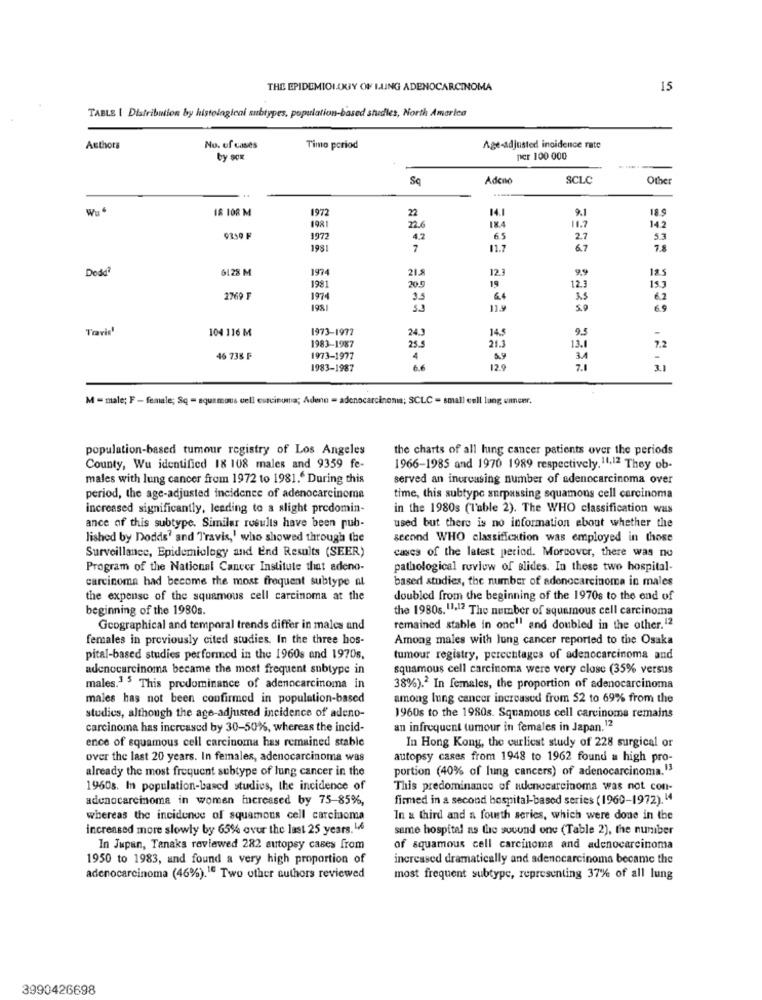
THE EPIDEMIOLOGY OF LUNG ADENOCARCINOMA
15
TABLE [ Distribution by histological subtypes, population-based studies, North America
Authors
No. of cases
Time period
Age-adjusted incidence rate
by scx
per 100 000
Sq
Adcno
SCLC
Other
...
Wu
18 108 M
1972
14.1
189
22
9.1
142
1981
22.6
18.4
11.7
1972
4.2
6.5
2.7
5.3
1981
7
11.7
67
7.8
Dodd
6128 M
1974
21.5
12.3
9.9
185
1981
20.5
19
12.3
15 3
2769 F
1974
3.5
6.4
1981
5.0
Travis'
104 116 M
1973-1977
95
24.3
14.5
1983-1987
25.5
21.3
13.1
7.2
46 735 F
1973-1977
4
6.9
34
-
1983-1987
12.9
7.1
3.1
M = male; F - female; Sq - squamous cell carcinoma; Adenn - adenocarcinoma; SCLC - small cell lung cancer.
population-based tumour registry of Los Angeles
the charts of all lung cancer patients over the periods
County, Wu identified 18 108 males and 9359 fe-
1966-1985 and 1970 1989 respectively. 11,12 They ob-
males with lung cancer from 1972 to 1981." During this
served an increasing number of adenocarcinoma over
period, the age-adjusted incidence of adenocarcinoma
time, this subtype surpassing squamous cell carcinoma
increased significantly, leading to a slight predomin-
in the 1980s (Table 2). The WHO classification was
ance of this subtype. Similar results have been pub-
used but there is no information about whether the
lished by Dodds' and Travis,' who showed through the
second WHO classification was employed in those
Surveillance, Epidemiology and End Results (SEER)
cases of the latest period. Moreover, there was no
Program of the National Cancer Institute that adeno-
pathological rovlow of slides. In these two hospital-
carcinoma had become the most frequent subtype al
based studies, the number of adenocarcinoma in males
the expense of the squamous cell carcinoma at the
doubled from the beginning of the 1970s to the end of
beginning of the 1980s.
the 1980s.11.12 The number of squamous cell carcinoma
Geographical and temporal trends differ in males and
remained stable in one! and doubled in the other.12
females in previously cited studies. In the three hos-
Among males with lung cancer reported to the Osaka
pital-based studies performed in the 1960s and 1970s.
tumour registry, percentages of adenocarcinoma and
adenocarcinoma became the most frequent subtype in
squamous cell carcinoma were very close (35% versus
males.1 $ This predominance of adenocarcinoma in
38%).2 In females, the proportion of adenocarcinoma
males has not been confirmed in population-based
among lung cancer increased from 52 to 69% from the
studies, although the age-adjusted incidence of adeno-
1960s to the 1980s. Squamous cell carcinoma remains
carcinoma has increased by 30-50%, whereas the incid-
an infrequent tumour in females in Japan.12
ence of squamous cell carcinoma has remained stable
In Hong Kong, the curliest study of 228 surgical or
over the last 20 years. In females, adenocarcinoma was
autopsy cases from 1948 to 1962 found a high pro-
already the most frequent subtype of lung cancer in the
portion (40% of lung cancers) of adenocarcinoma.13
1960s. In population-based studies, the incidence of
This predominance of adenocarcinoma was not con-
adenocarcinoma in women increased by 75-85%,
firmed in a second hospital-based series (1960-1972). 14
whereas the incidence of squamous cell carcinoma
In a third and a fourth series, which were done in the
increased more slowly by 65% over the last 25 years. 14
same hospital as the sovund one (Table 2), the number
In Japan, Tanaka reviewed 282 autopsy cases from
of squamous cell carcinoma and adenocarcinoma
1950 to 1983, and found a very high proportion of
increased dramatically and adenocarcinoma became the
adenocarcinoma (46%).16 Two other authors reviewed
most frequent subtype, representing 37% of all lung
3990426698